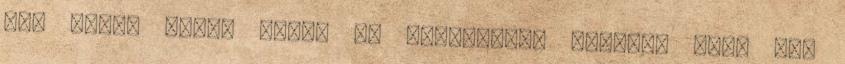
34. Monda pedig Mária az angyalnak: Mimódon lesz ez,